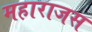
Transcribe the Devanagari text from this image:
महाराजस